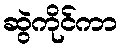
ဆွဲကိုင်ကာ